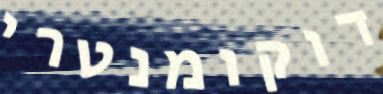
דוקומנטרי